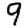
Digit: 9